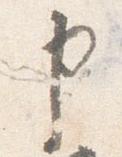
申